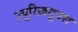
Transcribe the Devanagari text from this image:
ज़्यूरिख़तूउश